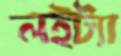
লইট্যা